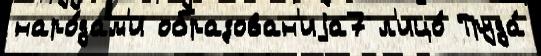
наро́дам'и образован'иjа7 л'ицо́ Труда́